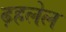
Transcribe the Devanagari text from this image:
ढ़हलेल